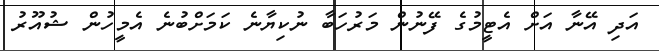
އަދި އޭނާ އަށް އެޓީމުގެ ފޭނުން މަރުހަބާ ނުކިޔާނެ ކަމަށްބުނެ އެމީހުން ޝުއޫރު